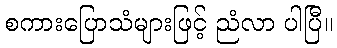
စကားပြောသံများဖြင့် ညံလာ ပါပြီ။